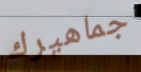
جماهيرك